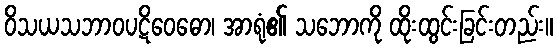
ဝိသယသဘာဝပဋိဝေဓော၊ အာရုံ၏ သဘောကို ထိုးထွင်းခြင်းတည်း။